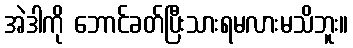
အဲဒါကို ဘောင်ခတ်ပြီးသားရမလားမသိဘူး။